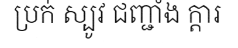
ប្រក់ ស្បូវ ជញ្ជាំង ក្តារ